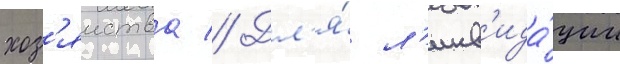
хоз'яиства // Дл'я́ л'икв'ида́ции